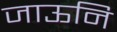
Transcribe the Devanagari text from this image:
जाऊनि